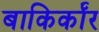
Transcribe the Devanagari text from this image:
बाकिर्कॉर